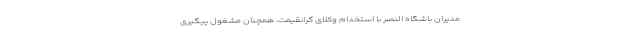
مدیران باشگاه النصر با استخدام وکلای گرانقیمت، همچنان مشغول پیگیری